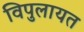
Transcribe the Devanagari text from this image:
विपुलायत